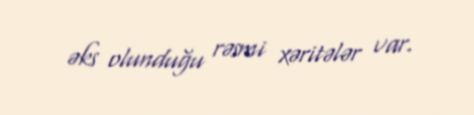
əks olunduğu rəsmi xəritələr var.